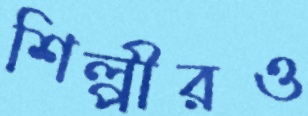
শিল্পীরও